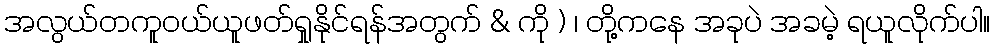
အလွယ်တကူဝယ်ယူဖတ်ရှုနိုင်ရန်အတွက် & ကို ) ၊ တို့ကနေ အခုပဲ အခမဲ့ ရယူလိုက်ပါ။